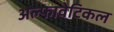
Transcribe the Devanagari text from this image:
अल्फावेटिकल